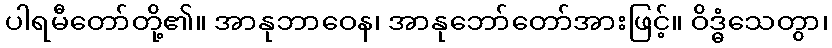
ပါရမီတော်တို့၏။ အာနုဘာဝေန၊ အာနုဘော်တော်အားဖြင့်။ ဝိဒ္ဓံသေတွာ၊